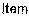
ITEM